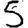
Digit: 5